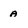
Character: A